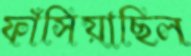
ফাঁসিয়াছিল